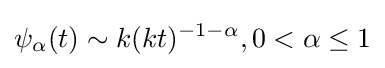
\psi _{\alpha }(t)\sim k(kt)^{-1-\alpha },0<\alpha \leq 1